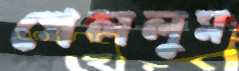
খেললুম